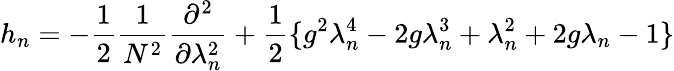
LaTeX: h_{n}=-\frac{1}{2}\frac{1}{N^{2}}\frac{\partial^{2}}{\partial\lambda_{n}^{2}}+\frac{1}{2}\{ g^{2}\lambda_{n}^{4}-2g\lambda_{n}^{3}+\lambda_{n}^{2}+2g\lambda_{n}-1\}